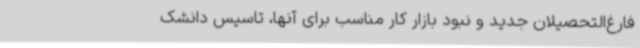
فارغ‌التحصیلان جدید و نبود بازار کار مناسب برای آنها، تاسیس دانشک